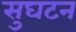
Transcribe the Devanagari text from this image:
सुघटन